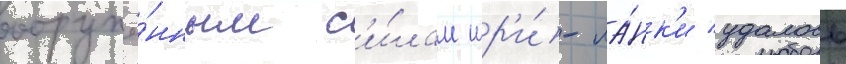
вооружё́нным с'и́лам шр'и́-ла́нк'и удалось